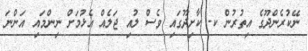
ނޭކުރެންދޫގެ އިތުރުން ކ. ކާށިދޫގައި ވެސް ލުއި ޖަލެއް އެޅުމަށް ނިންމައި އަންނަ